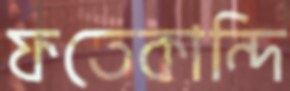
ফতেকান্দি